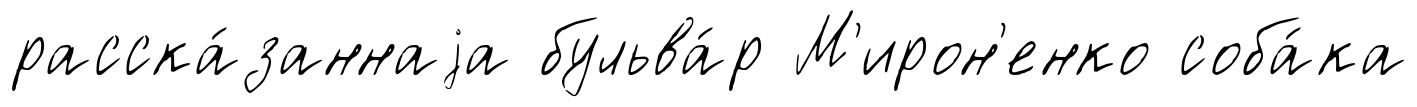
расска́заннаjа бульва́р М'ирон'енко соба́ка